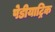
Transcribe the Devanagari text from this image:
पेडीयाट्रिक